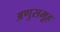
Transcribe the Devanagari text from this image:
अणुसमूह